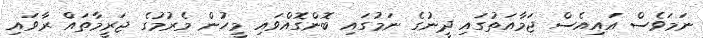
ނަމަވެސް އައިއެސް ޖަމާއަތުގައި ދީނުގެ ނަމުގައި ބޮންގޮއްވައި މީހުން މެރުމުގެ ޖަރީމާތައް ރާވައި